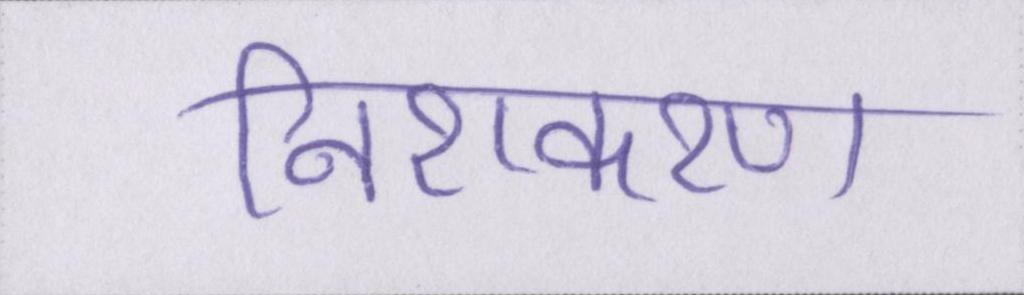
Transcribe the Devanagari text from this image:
निराकरण